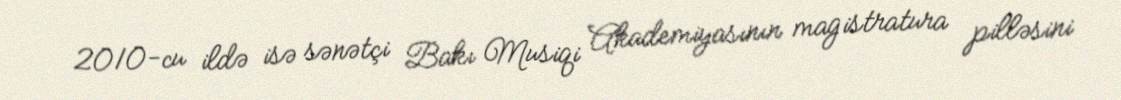
2010-cu ildə isə sənətçi Bakı Musiqi Akademiyasının magistratura pilləsini